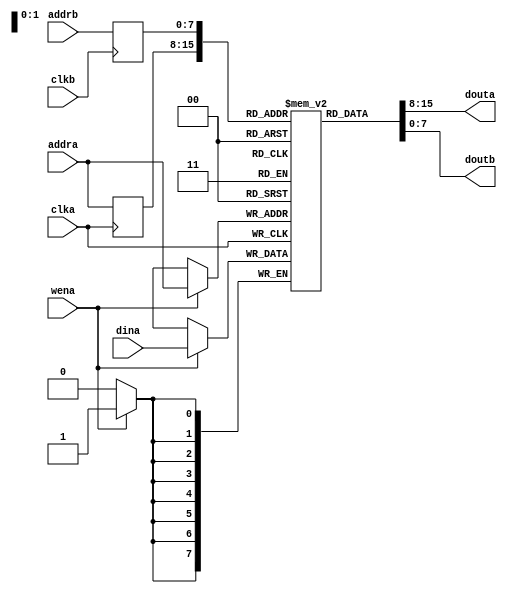
`timescale 1ns / 1ns
// Dual port memory with independent clocks, port B is read-only
// Altera and Xilinx synthesis tools successfully "find" this as block memory
module dpram #(
	parameter aw=8,
	parameter dw=8,
	parameter initial_file = ""
) (
	input clka,
	input clkb,
	input [aw-1:0] addra,
	output [dw-1:0] douta,
	input [dw-1:0] dina,
	input wena,
	input [aw-1:0] addrb,
	output [dw-1:0] doutb
);
localparam sz=32'b1<<aw;

reg [dw-1:0] mem[0:sz-1];
reg [aw-1:0] ala=0, alb=0;

// In principle the zeroing loop should work OK for synthesis, but
// there was a bug at least one version of Xilinx tools back in 2014.
// No known current tool needs it disabled.
integer k=0;
initial begin
	if (initial_file != "") $readmemh(initial_file, mem);
`ifndef BUGGY_FORLOOP
	else begin
		for (k=0;k<sz;k=k+1) mem[k]=0;
	end
`endif
end

assign douta = mem[ala];
assign doutb = mem[alb];
always @(posedge clka) begin
	ala <= addra;
	if (wena) mem[addra]<=dina;
end
always @(posedge clkb) begin
	alb <= addrb;
end

endmodule